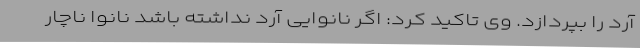
آرد را بپردازد. وی تاکید کرد: اگر نانوایی آرد نداشته باشد نانوا ناچار